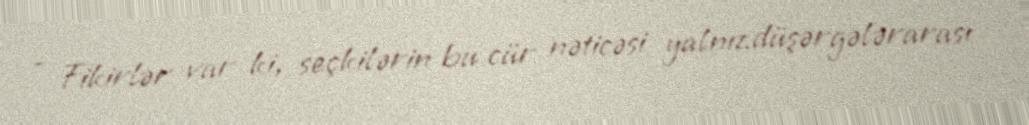
- Fikirlər var ki, seçkilərin bu cür nəticəsi yalnız düşərgələrarası